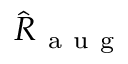
\hat { R } _ { \mathrm { ~ a ~ u ~ g ~ } }